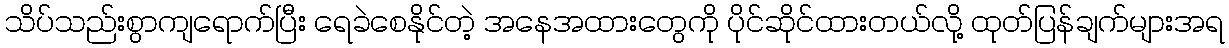
သိပ်သည်းစွာကျရောက်ပြီး ရေခဲစေနိုင်တဲ့ အနေအထားတွေကို ပိုင်ဆိုင်ထားတယ်လို့ ထုတ်ပြန်ချက်များအရ